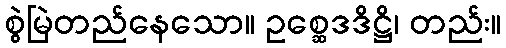
စွဲမြဲတည်နေသော။ ဥစ္ဆေဒဒိဋ္ဌိ၊ တည်း။